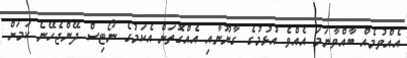
އެއްވުމެއް ބާއްވާނަމަ އެއްވެ އުޅުމުގެ ގާނޫނާއި އެއްގޮތަށް އެކަމުގެ ނޯޓިސް ދޭންޖެހޭނެ ކަމަށް